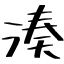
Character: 湊